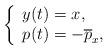
LaTeX: \begin{align*}\left\lbrace\begin{array}{l}y(t)=x, \\p(t)=-\overline{p}_x,\end{array}\right.\end{align*}